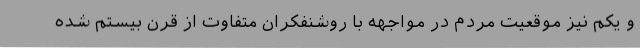
و یکم نیز موقعیت مردم در مواجهه با روشنفکران متفاوت از قرن بیستم شده